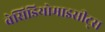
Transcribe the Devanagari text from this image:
बेसिडियोमाइसीट्स